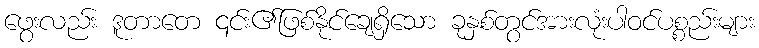
ဖွေးလည်း ဒူတာတေ ၎င်း၏ဖြစ်နိုင်ချေရှိသော ခုနှစ်တွင်အားလုံးပါဝင်ပစ္စည်းများ